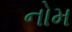
નોમ